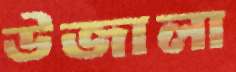
উজালা